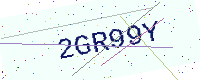
Text: 2GR99Y